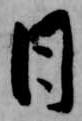
日